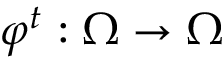
\varphi ^ { t } : \Omega \to \Omega